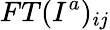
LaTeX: FT(I^{a})_{ij}